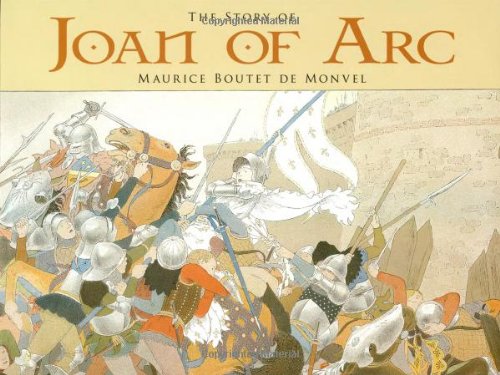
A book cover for The Story of Joan of Arc (Dover Children's Classics); Maurice Boutet de Monvel; Children's Books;